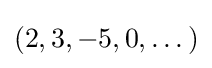
(2,3,-5,0,\dots )